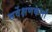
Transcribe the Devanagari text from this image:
सर्वेक्षणकर्त्ता